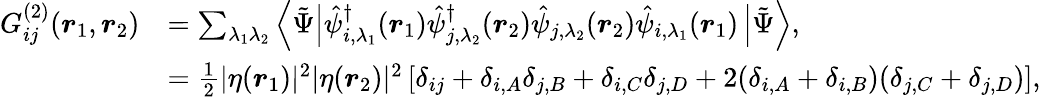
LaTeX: \begin{array}{rl}{G_{ij}^{(2)}(\boldsymbol{r}_{1},\boldsymbol{r}_{2})}&{=\sum_{\lambda_{1}\lambda_{2}}\left\langle\tilde{\Psi}\right|\hat{\psi}_{i,\lambda_{1}}^{\dagger}(\boldsymbol{r}_{1})\hat{\psi}_{j,\lambda_{2}}^{\dagger}(\boldsymbol{r}_{2})\hat{\psi}_{j,\lambda_{2}}(\boldsymbol{r}_{2})\hat{\psi}_{i,\lambda_{1}}(\boldsymbol{r}_{1})\left|\tilde{\Psi}\right\rangle,}\\ &{=\frac{1}{2}|\eta(\boldsymbol{r}_{1})|^{2}|\eta(\boldsymbol{r}_{2})|^{2}\left[\delta_{ij}+\delta_{i,A}\delta_{j,B}+\delta_{i,C}\delta_{j,D}+2(\delta_{i,A}+\delta_{i,B})(\delta_{j,C}+\delta_{j,D})\right],}\end{array}